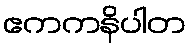
ဧကကနိပါတ